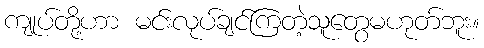
ကျုပ်တို့ဟာ မင်းလုပ်ချင်ကြတဲ့သူတွေမဟုတ်ဘူး။